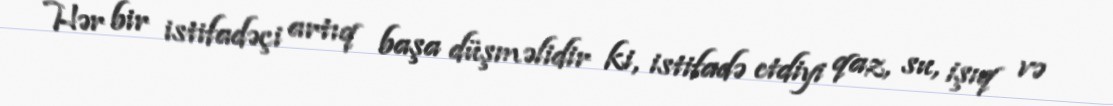
Hər bir istifadəçi artıq başa düşməlidir ki, istifadə etdiyi qaz, su, işıq və